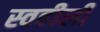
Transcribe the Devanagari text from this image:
स्वहीली